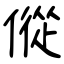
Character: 傱